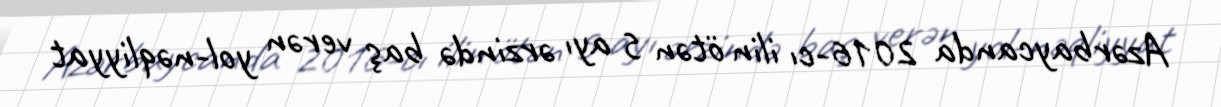
Azərbaycanda 2016-cı ilin ötən 5 ayı ərzində baş verən yol-nəqliyyat